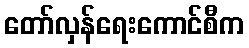
တော်လှန်ရေးကောင်စီက